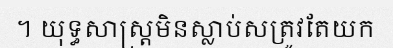
។ យុទ្ធសាស្ត្រមិនស្លាប់សត្រូវតែយក